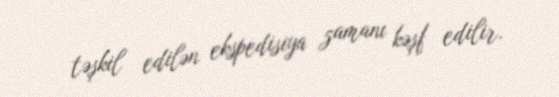
təşkil edilən ekspedisiya zamanı kəşf edilir.